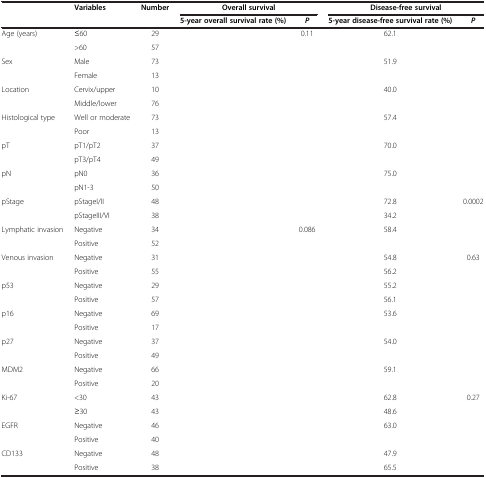
<table><thead><tr><td>[EMPTY_CELL]</td><td><b>Variables</b></td><td><b>Number</b></td><td colspan="2"><b>Overall survival</b></td><td colspan="2"><b>Disease-free survival</b></td></tr><tr><td>[EMPTY_CELL]</td><td>[EMPTY_CELL]</td><td>[EMPTY_CELL]</td><td><b>5-year overall survival rate (%)</b></td><td><b><i>P</i></b></td><td><b>5-year disease-free survival rate (%)</b></td><td><b><i>P</i></b></td></tr></thead><tbody><tr><td>Age (years)</td><td>≤60</td><td>29</td><td>[EMPTY_CELL]</td><td rowspan="2">0.11</td><td>62.1</td><td rowspan="2">[EMPTY_CELL]</td></tr><tr><td>[EMPTY_CELL]</td><td>&gt;60</td><td>57</td><td>[EMPTY_CELL]</td><td>[EMPTY_CELL]</td></tr><tr><td>Sex</td><td>Male</td><td>73</td><td>[EMPTY_CELL]</td><td rowspan="2">[EMPTY_CELL]</td><td>51.9</td><td rowspan="2">[EMPTY_CELL]</td></tr><tr><td>[EMPTY_CELL]</td><td>Female</td><td>13</td><td>[EMPTY_CELL]</td><td>[EMPTY_CELL]</td></tr><tr><td>Location</td><td>Cervix/upper </td><td>10</td><td>[EMPTY_CELL]</td><td rowspan="2">[EMPTY_CELL]</td><td>40.0</td><td rowspan="2">[EMPTY_CELL]</td></tr><tr><td>[EMPTY_CELL]</td><td>Middle/lower </td><td>76</td><td>[EMPTY_CELL]</td><td>[EMPTY_CELL]</td></tr><tr><td>Histological type</td><td>Well or moderate</td><td>73</td><td>[EMPTY_CELL]</td><td rowspan="2">[EMPTY_CELL]</td><td>57.4</td><td rowspan="2">[EMPTY_CELL]</td></tr><tr><td>[EMPTY_CELL]</td><td>Poor</td><td>13</td><td>[EMPTY_CELL]</td><td>[EMPTY_CELL]</td></tr><tr><td>pT</td><td>pT1/pT2</td><td>37</td><td>[EMPTY_CELL]</td><td rowspan="2">[EMPTY_CELL]</td><td>70.0</td><td rowspan="2">[EMPTY_CELL]</td></tr><tr><td>[EMPTY_CELL]</td><td>pT3/pT4</td><td>49</td><td>[EMPTY_CELL]</td><td>[EMPTY_CELL]</td></tr><tr><td>pN</td><td>pN0</td><td>36</td><td>[EMPTY_CELL]</td><td rowspan="2">[EMPTY_CELL]</td><td>75.0</td><td rowspan="2">[EMPTY_CELL]</td></tr><tr><td>[EMPTY_CELL]</td><td>pN1-3</td><td>50</td><td>[EMPTY_CELL]</td><td>[EMPTY_CELL]</td></tr><tr><td>pStage</td><td>pStageI/II</td><td>48</td><td>[EMPTY_CELL]</td><td rowspan="2">[EMPTY_CELL]</td><td>72.8</td><td rowspan="2">0.0002</td></tr><tr><td>[EMPTY_CELL]</td><td>pStageIII/VI</td><td>38</td><td>[EMPTY_CELL]</td><td>34.2</td></tr><tr><td>Lymphatic invasion</td><td>Negative</td><td>34</td><td>[EMPTY_CELL]</td><td rowspan="2">0.086</td><td>58.4</td><td rowspan="2">[EMPTY_CELL]</td></tr><tr><td>[EMPTY_CELL]</td><td>Positive</td><td>52</td><td>[EMPTY_CELL]</td><td>[EMPTY_CELL]</td></tr><tr><td>Venous invasion</td><td>Negative</td><td>31</td><td>[EMPTY_CELL]</td><td rowspan="2">[EMPTY_CELL]</td><td>54.8</td><td rowspan="2">0.63</td></tr><tr><td>[EMPTY_CELL]</td><td>Positive</td><td>55</td><td>[EMPTY_CELL]</td><td>56.2</td></tr><tr><td>p53</td><td>Negative</td><td>29</td><td>[EMPTY_CELL]</td><td rowspan="2">[EMPTY_CELL]</td><td>55.2</td><td rowspan="2">[EMPTY_CELL]</td></tr><tr><td>[EMPTY_CELL]</td><td>Positive</td><td>57</td><td>[EMPTY_CELL]</td><td>56.1</td></tr><tr><td>p16</td><td>Negative</td><td>69</td><td>[EMPTY_CELL]</td><td rowspan="2">[EMPTY_CELL]</td><td>53.6</td><td rowspan="2">[EMPTY_CELL]</td></tr><tr><td>[EMPTY_CELL]</td><td>Positive</td><td>17</td><td>[EMPTY_CELL]</td><td>[EMPTY_CELL]</td></tr><tr><td>p27</td><td>Negative</td><td>37</td><td>[EMPTY_CELL]</td><td rowspan="2">[EMPTY_CELL]</td><td>54.0</td><td rowspan="2">[EMPTY_CELL]</td></tr><tr><td>[EMPTY_CELL]</td><td>Positive</td><td>49</td><td>[EMPTY_CELL]</td><td>[EMPTY_CELL]</td></tr><tr><td>MDM2</td><td>Negative</td><td>66</td><td>[EMPTY_CELL]</td><td rowspan="2">[EMPTY_CELL]</td><td>59.1</td><td rowspan="2">[EMPTY_CELL]</td></tr><tr><td>[EMPTY_CELL]</td><td>Positive</td><td>20</td><td>[EMPTY_CELL]</td><td>[EMPTY_CELL]</td></tr><tr><td>Ki-67</td><td>&lt;30</td><td>43</td><td>[EMPTY_CELL]</td><td rowspan="2">[EMPTY_CELL]</td><td>62.8</td><td rowspan="2">0.27</td></tr><tr><td>[EMPTY_CELL]</td><td>≥30</td><td>43</td><td>[EMPTY_CELL]</td><td>48.6</td></tr><tr><td>EGFR</td><td>Negative</td><td>46</td><td>[EMPTY_CELL]</td><td rowspan="2">[EMPTY_CELL]</td><td>63.0</td><td rowspan="2">[EMPTY_CELL]</td></tr><tr><td>[EMPTY_CELL]</td><td>Positive</td><td>40</td><td>[EMPTY_CELL]</td><td>[EMPTY_CELL]</td></tr><tr><td>CD133</td><td>Negative</td><td>48</td><td>[EMPTY_CELL]</td><td>[EMPTY_CELL]</td><td>47.9</td><td>[EMPTY_CELL]</td></tr><tr><td>[EMPTY_CELL]</td><td>Positive</td><td>38</td><td>[EMPTY_CELL]</td><td>[EMPTY_CELL]</td><td>65.5</td><td>[EMPTY_CELL]</td></tr></tbody></table>